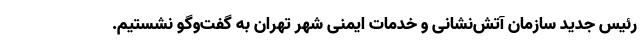
رئیس جدید سازمان آتش‌نشانی و خدمات ایمنی شهر تهران به گفت‌وگو نشستیم.